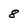
Character: 8